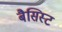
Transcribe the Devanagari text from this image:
बैसिस्ट